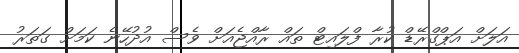
އަލަށް އަޕްގްރޭޑް ކުރާ ފްލައިޓް ތައް ރާއްޖެއަށް ވެސް އުދުހޭނެ ކަމަށް ގަތަރު